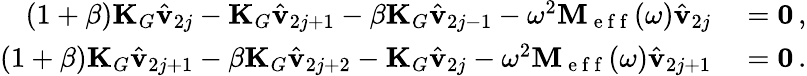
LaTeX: \begin{array}{rl}{(1+\beta)\mathbf{K}_{G}\hat{\mathbf{v}}_{2j}-\mathbf{K}_{G}\hat{\mathbf{v}}_{2j+1}-\beta\mathbf{K}_{G}\hat{\mathbf{v}}_{2j-1}-\omega^{2}\mathbf{M}_{\mathrm{~e~f~f~}}(\omega)\hat{\mathbf{v}}_{2j}}&{{}=\mathbf{0}\, ,}\\ {(1+\beta)\mathbf{K}_{G}\hat{\mathbf{v}}_{2j+1}-\beta\mathbf{K}_{G}\hat{\mathbf{v}}_{2j+2}-\mathbf{K}_{G}\hat{\mathbf{v}}_{2j}-\omega^{2}\mathbf{M}_{\mathrm{~e~f~f~}}(\omega)\hat{\mathbf{v}}_{2j+1}}&{{}=\mathbf{0}\, .}\end{array}